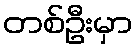
တစ်ဦးမှာ